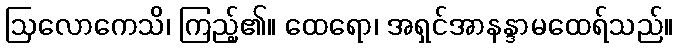
ဩလောကေသိ၊ ကြည့်၏။ ထေရော၊ အရှင်အာနန္ဒာမထေရ်သည်။